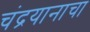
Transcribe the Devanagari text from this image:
चंद्रयानाचा